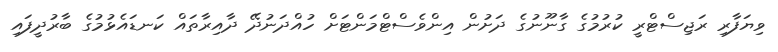
ވިޔަފާރި ރަޖިސްޓްރީ ކުރުމުގެ ގާނޫނުގެ ދަށުން އިންވެސްޓްމަންޓަށް ހުއްދަނުދޭ ދާއިރާތައް ކަނޑައެޅުމުގެ ބާރުދީފައި